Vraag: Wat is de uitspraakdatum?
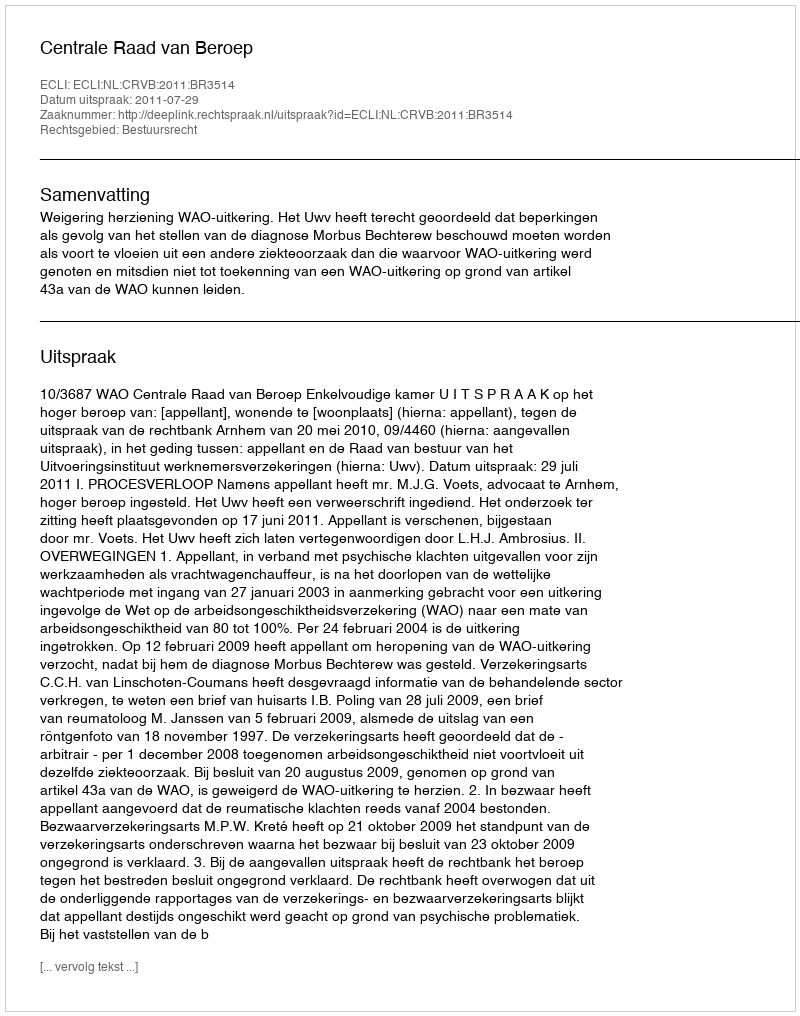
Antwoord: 2011-07-29